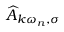
\widehat { A } _ { k \omega _ { n } , \sigma }